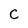
Character: C